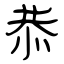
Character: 恭